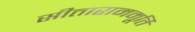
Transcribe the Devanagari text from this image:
सीताराममूर्ति